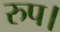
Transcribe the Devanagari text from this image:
रुप।